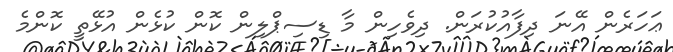
ޢަހަރެން އޭނަ ދިފާއުކުރަން. ދިވެހިން މާ ޑިސިޕްލިން ކޮން ކުޅެން އުޅޭތީ ކޮންމެ